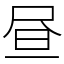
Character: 昼